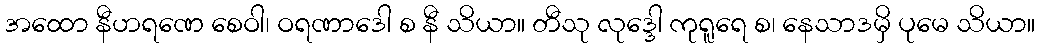
အထော နီဟရဏေ စေဝါ၊ ဝရဏာဒေါ စ နီ သိယာ။ တီသု လုဒ္ဒေါ ကုရူရေ စ၊ နေသာဒမှိ ပုမေ သိယာ။